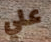
علي